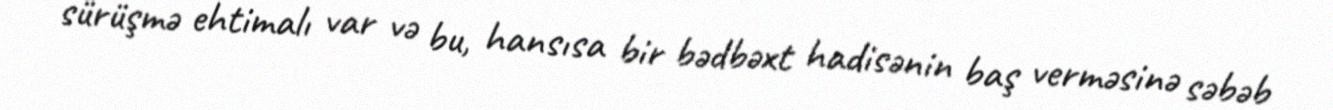
sürüşmə ehtimalı var və bu, hansısa bir bədbəxt hadisənin baş verməsinə səbəb